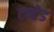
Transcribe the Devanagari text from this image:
टफ्टेड